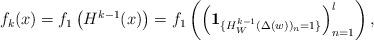
LaTeX: \begin{align*}f_k({x})=f_1\left(H^{k-1}({x})\right)=f_1\left(\left(\mathbf{1}_{\{H^{k-1}_W(\Delta({w}))_n=1\}}\right)_{n=1}^l\right),\end{align*}